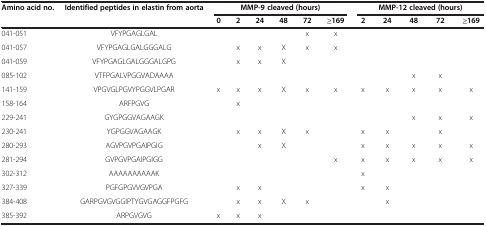
<table><thead><tr><td rowspan="2"><b>Amino acid no.</b></td><td rowspan="2"><b>Identified peptides in elastin from aorta</b></td><td colspan="6"><b>MMP-9 cleaved (hours)</b></td><td colspan="5"><b>MMP-12 cleaved (hours)</b></td></tr><tr><td><b>0</b></td><td><b>2</b></td><td><b>24</b></td><td><b>48</b></td><td><b>72</b></td><td><b>≥169</b></td><td><b>2</b></td><td><b>24</b></td><td><b>48</b></td><td><b>72</b></td><td><b>≥169</b></td></tr></thead><tbody><tr><td>041-051</td><td>VFYPGAGLGAL</td><td> </td><td> </td><td> </td><td> </td><td>x</td><td>x</td><td> </td><td> </td><td> </td><td> </td><td> </td></tr><tr><td>041-057</td><td>VFYPGAGLGALGGGALG</td><td> </td><td>x</td><td>x</td><td>X</td><td>x</td><td>x</td><td> </td><td> </td><td> </td><td> </td><td> </td></tr><tr><td>041-059</td><td>VFYPGAGLGALGGGALGPG</td><td> </td><td>x</td><td>x</td><td>X</td><td> </td><td> </td><td> </td><td> </td><td> </td><td> </td><td> </td></tr><tr><td>085-102</td><td>VTFPGALVPGGVADAAAA</td><td> </td><td> </td><td> </td><td> </td><td> </td><td> </td><td> </td><td> </td><td>x</td><td>x</td><td> </td></tr><tr><td>141-159</td><td>VPGVGLPGVYPGGVLPGAR</td><td>x</td><td>x</td><td>x</td><td>X</td><td>x</td><td>x</td><td>x</td><td>x</td><td>x</td><td>x</td><td>x</td></tr><tr><td>158-164</td><td>ARFPGVG</td><td> </td><td>x</td><td> </td><td> </td><td> </td><td> </td><td> </td><td> </td><td> </td><td> </td><td> </td></tr><tr><td>229-241</td><td>GYGPGGVAGAAGK</td><td> </td><td> </td><td> </td><td> </td><td> </td><td> </td><td> </td><td> </td><td>x</td><td>x</td><td>x</td></tr><tr><td>230-241</td><td>YGPGGVAGAAGK</td><td> </td><td>x</td><td>x</td><td>X</td><td>x</td><td> </td><td>x</td><td>x</td><td> </td><td>x</td><td> </td></tr><tr><td>280-293</td><td>AGVPGVPGAIPGIG</td><td> </td><td> </td><td>x</td><td>X</td><td> </td><td> </td><td>x</td><td>x</td><td>x</td><td>x</td><td>x</td></tr><tr><td>281-294</td><td>GVPGVPGAIPGIGG</td><td> </td><td> </td><td> </td><td> </td><td> </td><td>x</td><td>x</td><td>x</td><td>x</td><td>x</td><td>x</td></tr><tr><td>302-312</td><td>AAAAAAAAAAK</td><td> </td><td> </td><td> </td><td> </td><td> </td><td> </td><td>x</td><td> </td><td> </td><td> </td><td> </td></tr><tr><td>327-339</td><td>PGFGPGVVGVPGA</td><td> </td><td>x</td><td>x</td><td> </td><td> </td><td> </td><td>x</td><td>x</td><td> </td><td> </td><td> </td></tr><tr><td>384-408</td><td>GARPGVGVGGIPTYGVGAGGFPGFG</td><td> </td><td>x</td><td>x</td><td>X</td><td>x</td><td> </td><td> </td><td>x</td><td> </td><td> </td><td> </td></tr><tr><td>385-392</td><td>ARPGVGVG</td><td>x</td><td>x</td><td>x</td><td> </td><td> </td><td> </td><td> </td><td> </td><td> </td><td> </td><td> </td></tr></tbody></table>